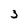
Character: 3